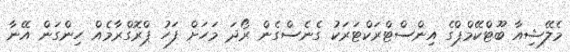
މެލޭޝިއާ ބޫޓްކޭމްޕްގެ އިންސްޓްރަކްޓަރަކު ގެނެސްގެން ރޯދަ މަހަށް ފަހު ޕްރޮގްރާމެއް ހިންގަން އޭނާ